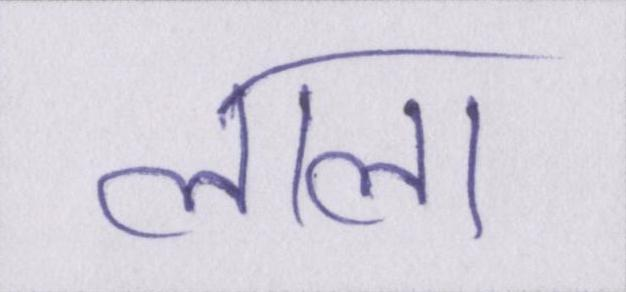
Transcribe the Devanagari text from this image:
लाला